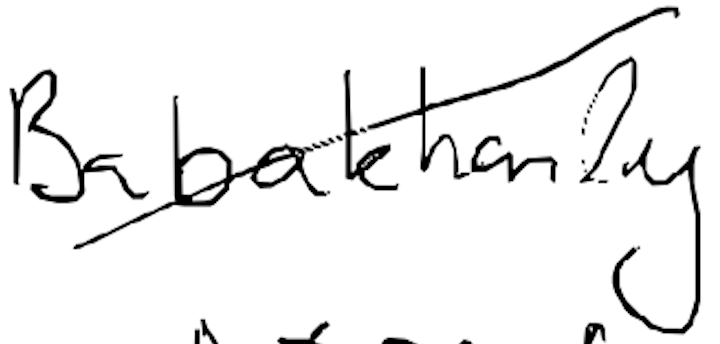
Text: Babakhanly
Cross-out: mix
Writing tool: digital_black